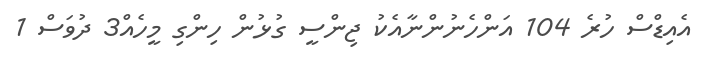
އެއިޑްސް ހުރެ 104 އަންހެނުންނާއެކު ޖިންސީ ގުޅުން ހިންގި މީހެއް3 ދުވަސް 1